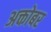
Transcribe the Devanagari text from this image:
अक्तोबर